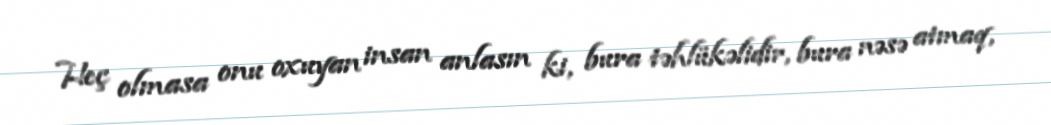
Heç olmasa onu oxuyan insan anlasın ki, bura təhlükəlidir, bura nəsə atmaq,